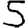
Digit: 5